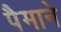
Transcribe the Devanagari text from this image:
पैेमाने